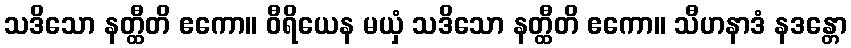
သဒိသော နတ္ထီတိ ဧကော။ ဝီရိယေန မယှံ သဒိသော နတ္ထီတိ ဧကော။ သီဟနာဒံ နဒန္တော